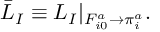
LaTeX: \bar { \cal L } _ { I } \equiv { \cal L } _ { I } | _ { \scriptstyle F _ { i 0 } ^ { a } \to \pi _ { i } ^ { a } } .